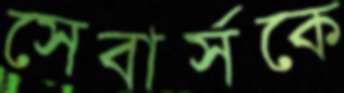
সেবার্সকে